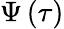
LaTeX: \Psi\left(\tau\right)